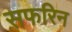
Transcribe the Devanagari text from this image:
सफरिन